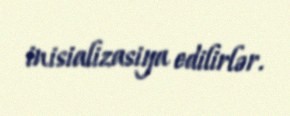
inisializasiya edilirlər.